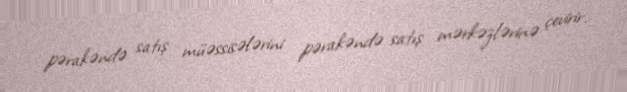
pərakəndə satış müəssisələrini pərakəndə satış mərkəzlərinə çevirir.